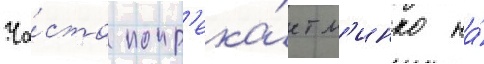
Ча́сто попр'ека́ет м'инко на́